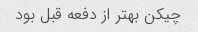
چیکن بهتر از دفعه قبل بود